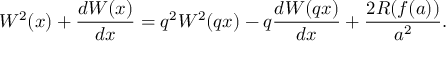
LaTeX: W ^ { 2 } ( x ) + \frac { d W ( x ) } { d x } = q ^ { 2 } W ^ { 2 } ( q x ) - q \frac { d W ( q x ) } { d x } + \frac { 2 R ( f ( a ) ) } { a ^ { 2 } } .